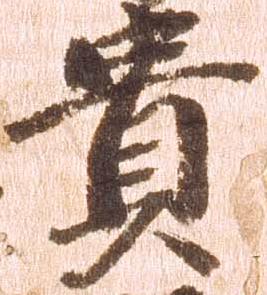
貴